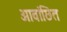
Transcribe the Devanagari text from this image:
आवांछित